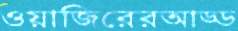
ওয়াজিরেরআড্ড